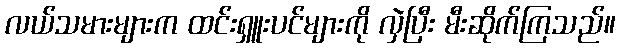
လယ်သမားများက ထင်းရှူးပင်များကို လှဲပြီး မီးဆိုက်ကြသည်။